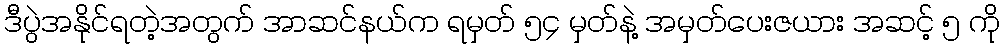
ဒီပွဲအနိုင်ရတဲ့အတွက် အာဆင်နယ်က ရမှတ် ၅၄ မှတ်နဲ့ အမှတ်ပေးဇယား အဆင့် ၅ ကို